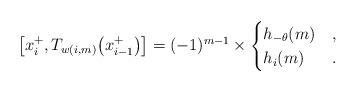
LaTeX: \begin{gather*} \big[x_{i}^+, T_{w(i,m)}\big(x_{i-1}^+\big)\big] = (-1)^{m-1} \times \begin{cases}h_{-\theta}(m) & ,\\h_i(m) & .\end{cases}\end{gather*}